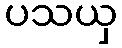
ပသယှ